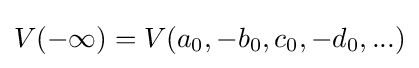
V(-\infty )=V(a_{0},-b_{0},c_{0},-d_{0},...)